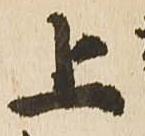
上